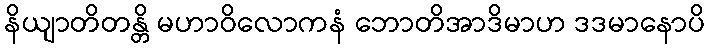
နိယျာတိတန္တိ မဟာဝိလောကနံ ဘောတိအာဒိမာဟ ဒဒမာနောပိ